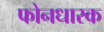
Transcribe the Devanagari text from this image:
फोनधारक